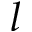
l